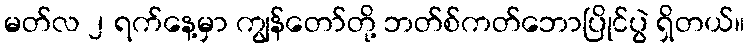
မတ်လ ၂ ရက်နေ့မှာ ကျွန်တော်တို့ ဘတ်စ်ကတ်ဘောပြိုင်ပွဲ ရှိတယ်။